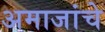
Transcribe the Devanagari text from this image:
अमाजांचे